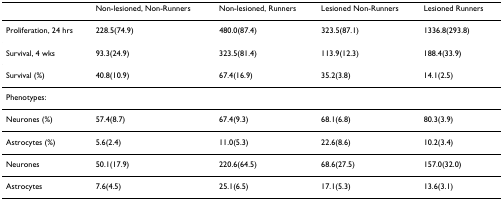
<table><thead><tr><td></td><td><b>Non-lesioned, Non-Runners</b></td><td><b>Non-lesioned, Runners</b></td><td><b>Lesioned Non-Runners</b></td><td><b>Lesioned Runners</b></td></tr></thead><tbody><tr><td>Proliferation, 24 hrs</td><td>228.5(74.9)</td><td>480.0(87.4)</td><td>323.5(87.1)</td><td>1336.8(293.8)</td></tr><tr><td>Survival, 4 wks</td><td>93.3(24.9)</td><td>323.5(81.4)</td><td>113.9(12.3)</td><td>188.4(33.9)</td></tr><tr><td>Survival (%)</td><td>40.8(10.9)</td><td>67.4(16.9)</td><td>35.2(3.8)</td><td>14.1(2.5)</td></tr><tr><td>Phenotypes:</td><td></td><td></td><td></td><td></td></tr><tr><td>Neurones (%)</td><td>57.4(8.7)</td><td>67.4(9.3)</td><td>68.1(6.8)</td><td>80.3(3.9)</td></tr><tr><td>Astrocytes (%)</td><td>5.6(2.4)</td><td>11.0(5.3)</td><td>22.6(8.6)</td><td>10.2(3.4)</td></tr><tr><td>Neurones</td><td>50.1(17.9)</td><td>220.6(64.5)</td><td>68.6(27.5)</td><td>157.0(32.0)</td></tr><tr><td>Astrocytes</td><td>7.6(4.5)</td><td>25.1(6.5)</td><td>17.1(5.3)</td><td>13.6(3.1)</td></tr></tbody></table>